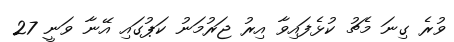
ވުރެ ގިނަ މެޗު ކުޅެފައިވާ އިރު ޖަރުމަނު ކަޕުގައި އޭނާ ވަނީ 27